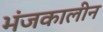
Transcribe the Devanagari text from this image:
भंजकालीन